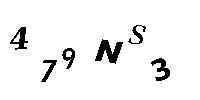
479NS3